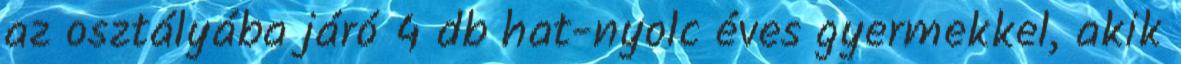
az osztályába járó 4 db hat-nyolc éves gyermekkel, akik